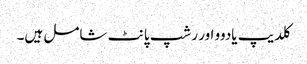
کلدیپ یادوو اور رشپ پانٹ شامل ہیں۔